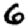
Digit: 6